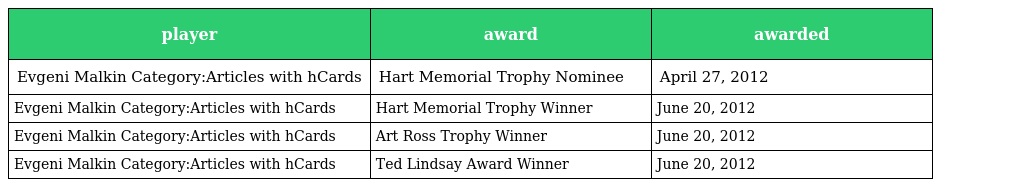
| player | award | awarded |
 | --- | --- | --- |
 | Evgeni Malkin Category:Articles with hCards | Hart Memorial Trophy Nominee | April 27, 2012 |
 | Evgeni Malkin Category:Articles with hCards | Hart Memorial Trophy Winner | June 20, 2012 |
 | Evgeni Malkin Category:Articles with hCards | Art Ross Trophy Winner | June 20, 2012 |
 | Evgeni Malkin Category:Articles with hCards | Ted Lindsay Award Winner | June 20, 2012 |